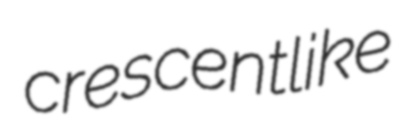
crescentlike